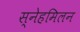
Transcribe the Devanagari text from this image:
स्नेहमिलन